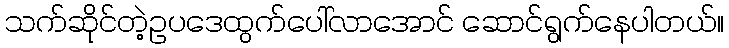
သက်ဆိုင်တဲ့ဥပဒေထွက်ပေါ်လာအောင် ဆောင်ရွက်နေပါတယ်။